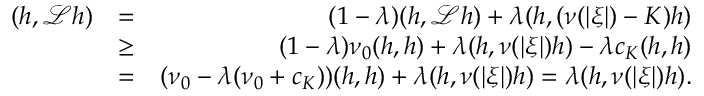
\begin{array} { r l r } { ( h , \mathcal { L } h ) } & { = } & { ( 1 - \lambda ) ( h , \mathcal { L } h ) + \lambda ( h , ( \nu ( \left\vert \boldsymbol { \xi } \right\vert ) - K ) h ) } \\ & { \geq } & { ( 1 - \lambda ) \nu _ { 0 } ( h , h ) + \lambda ( h , \nu ( \left\vert \boldsymbol { \xi } \right\vert ) h ) - \lambda c _ { K } ( h , h ) } \\ & { = } & { ( \nu _ { 0 } - \lambda ( \nu _ { 0 } + c _ { K } ) ) ( h , h ) + \lambda ( h , \nu ( \left\vert \boldsymbol { \xi } \right\vert ) h ) = \lambda ( h , \nu ( \left\vert \boldsymbol { \xi } \right\vert ) h ) \mathrm { . } } \end{array}